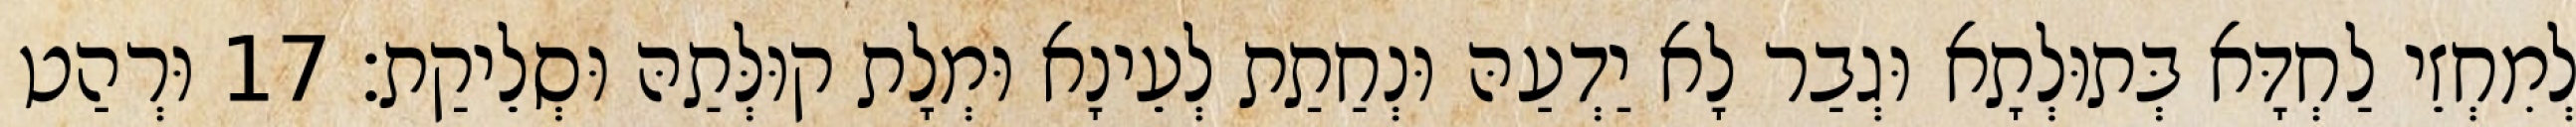
לְמִחְזֵי לַחְדָּא בְּתוּלְתָא וּגְבַר לָא יַדְעַהּ וּנְחַתַת לְעֵינָא וּמְלָת קוּלְּתַהּ וּסְלֵיקַת׃ 17 וּרְהַט